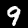
Digit: 9